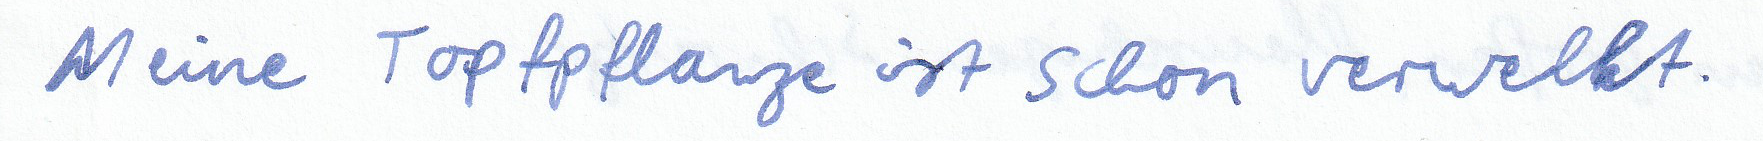
Meine Topfpflanze ist schon verwelkt.